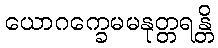
ယောဂက္ခေမမနုတ္တရန္တိ